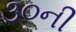
૩૦ની